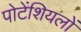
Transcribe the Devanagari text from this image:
पोटेंशियलों